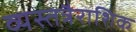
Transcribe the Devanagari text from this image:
व्यस्तत्रैराशिक